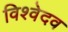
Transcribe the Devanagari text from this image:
विश्वेदव